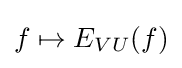
f\mapsto E_{VU}(f)